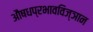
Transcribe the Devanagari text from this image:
औषधप्रभावविज्ञान